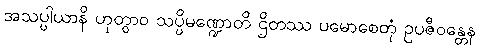
အသပ္ပါယာနိ ဟုတွာဝ သပ္ပိမဏ္ဍောတိ ဌိတဿ ပမောစေတုံ ဥပဇီဝန္တေန